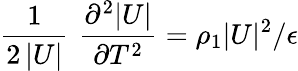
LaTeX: \frac{1}{2\, |U|}\, \, \frac{\partial^{2}|U|}{\partial T^{2}}=\rho_{1}|U|^{2}/\epsilon